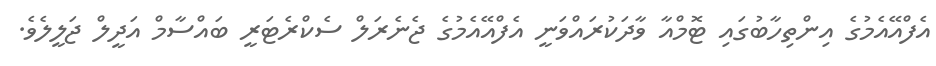
އެފްއޭއެމުގެ އިންތިހާބުގައި ޓޮމްއާ ވާދަކުރައްވަނީ އެފްއޭއެމުގެ ޖެނެރަލް ސެކްރެޓަރީ ބައްސާމް އަދީލް ޖަލީލެވެ.